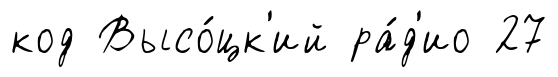
код Высо́цк'ий ра́д'ио 27